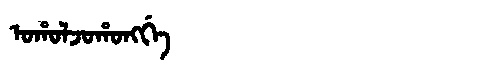
Manchu: ᠣᡥᠣᠯᠵᠣᡥᠣᠩᡤᡝ
Romanization: OHOLJOHONGGE